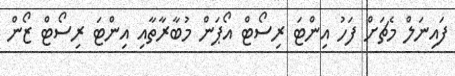
ފައިނަލް މެޗަށް ފަހު އިންޓަ ރިސޯޓް އޯޕަން މުބާރާތާއި އިންޓަ ރިސޯޓް ޒޯން